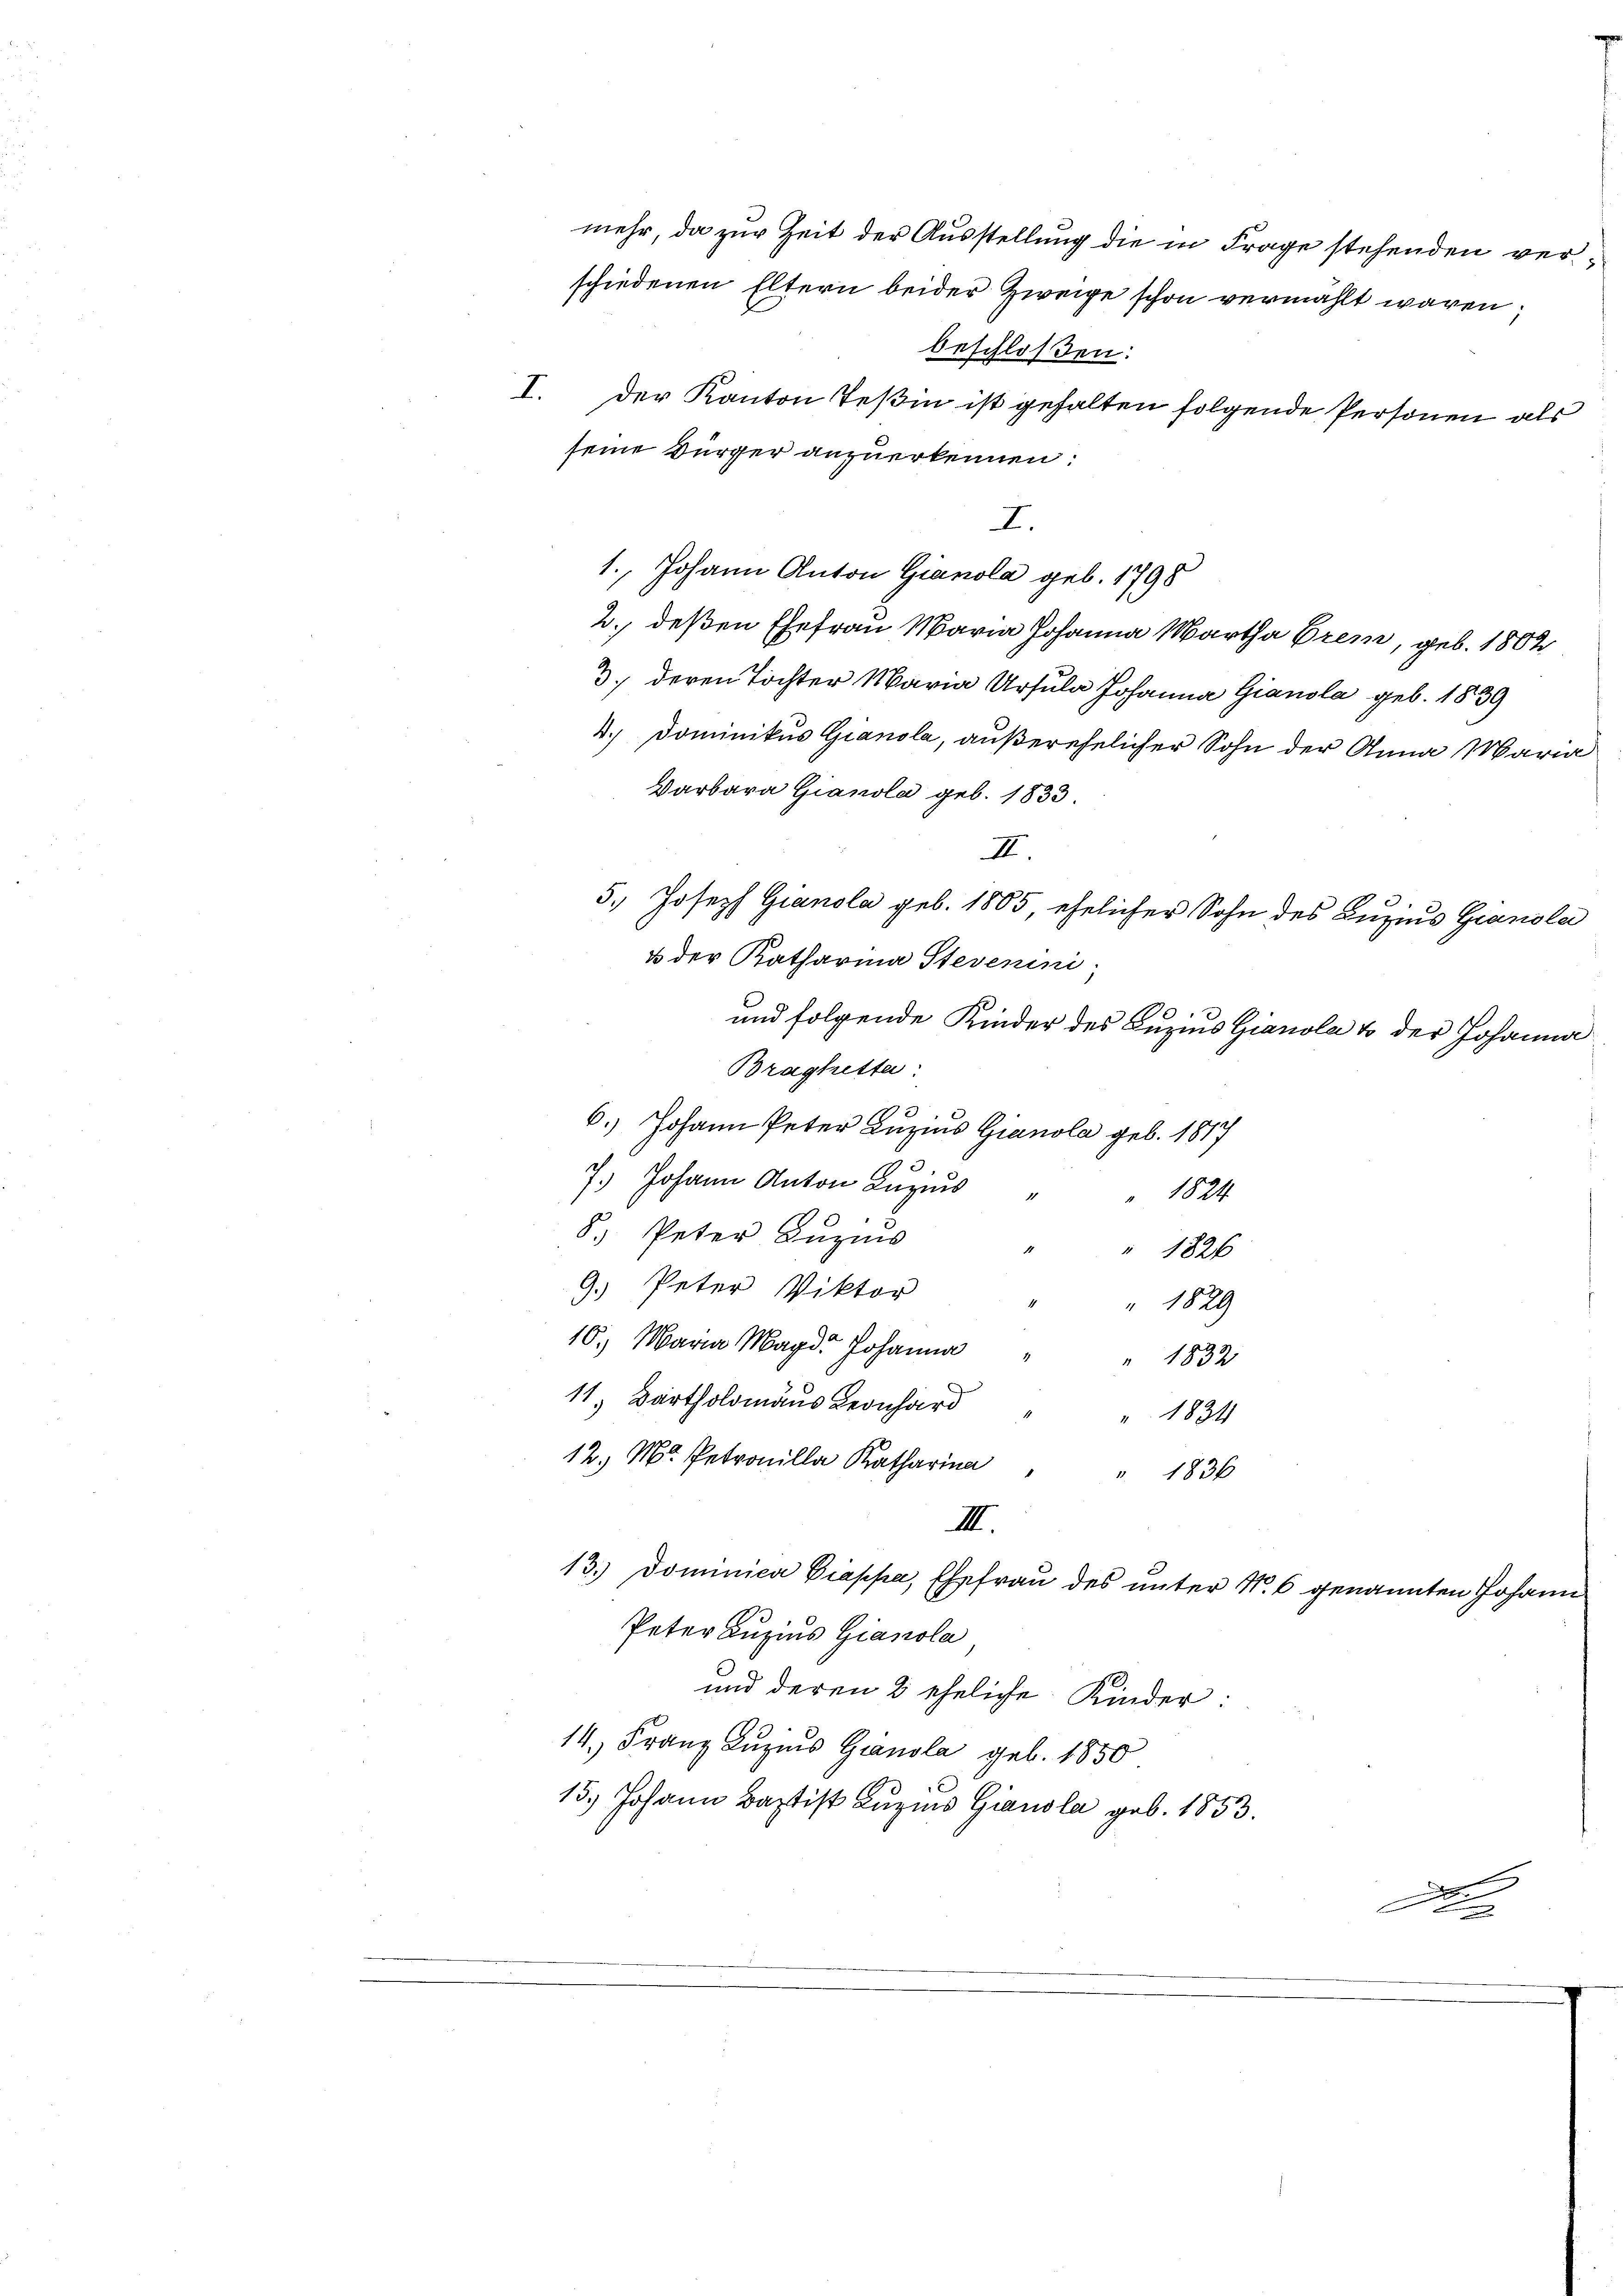
beschloßen:
I. Der Kanton Teßin ist gehalten folgende Personen als
I.
1., Johann Anton Gianola geb. 1798
2., deßen Ehefrau Maria Johanna Martha Grem, geb. 1802
3., deren Tochter Maria Ursula Johanna Gianola geb. 1839
4.) Dominikus Gianola, außerehelicher Sohn der Anna Maria
Darbara Gianola geb. 1833.
II.
u der Katharina Stevenini
und folgende Kinder des Luzius Gianola & der Johanna
Braghetta
6.) Johann Peter Luzius Gianola geb. 1817
7.) Johann Anton Luzius
" 1824.
1
8. Peter Lŭziŭs " " 1826
Peter Viktor
3
" 1829
10. Maria Magd. Johanna
" 1832.
11, Bartholomans Leonhard
 1834
12. M. Peilla Katharin " " 1836
III.
13.) Dominica Diappa, Ehefrau des unter N. 6 genannten Johann
Peter Luzius Gianola
und deren 2 eheliche Kinder:
14. Franz Luzius Gianola geb. 1850
15.) Johann Baptist Luzins Gianola geb. 1853.

seine Bürger anzuerkennen:

mehr, da zur Zeit der Ausstellung die in Frage stehenden verschiedenen Eltern beider Zweige schon vermählt waren,

5.) Joseph Granola geb. 1805, ehelicher Sohn des Luzius Gransla

De

.